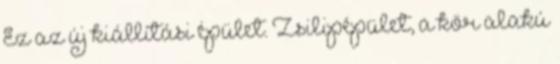
Ez az új kiállítási épület. Zsilipépület, a kör alakú